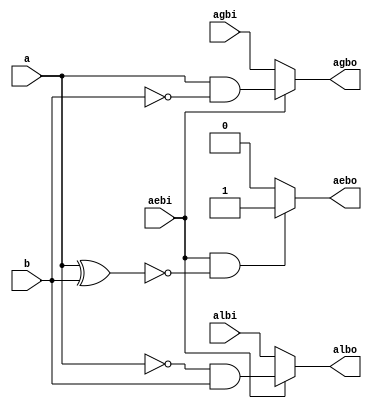
module one_bit_comparator (
    agbo,aebo,albo,a,b,agbi,aebi,albi
);
    output agbo,albo,aebo;
    input a,b,agbi,aebi,albi;
    assign aebo = (aebi & (~(a^b))?1:0);
    assign albo = (aebi ? (~a)&b : albi);
    assign agbo = (aebi ? a&(~b) : agbi);
endmodule